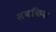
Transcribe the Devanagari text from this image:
सबकिक